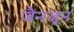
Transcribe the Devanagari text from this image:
जैनजून